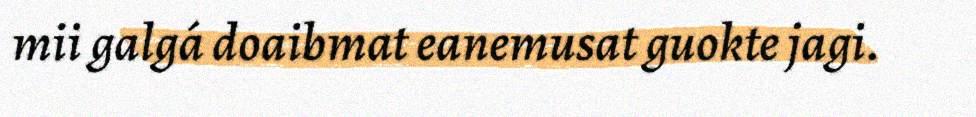
mii galgá doaibmat eanemusat guokte jagi.